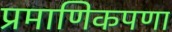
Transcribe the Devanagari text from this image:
प्रमाणिकपणा